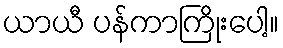
ယာယီ ပန်ကာကြိုးပေါ့။